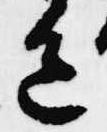
色